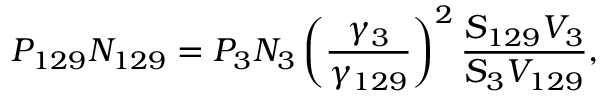
P _ { 1 2 9 } N _ { 1 2 9 } = P _ { 3 } N _ { 3 } \left( { \frac { \gamma _ { 3 } } { \gamma _ { 1 2 9 } } } \right) ^ { 2 } { \frac { S _ { 1 2 9 } V _ { 3 } } { S _ { 3 } V _ { 1 2 9 } } } ,